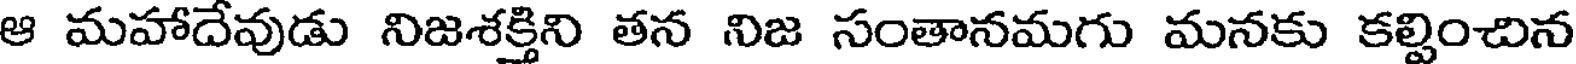
ఆ మహాదేవుడు నిజశక్తిని తన నిజ సంతానమగు మనకు కల్పించిన